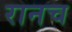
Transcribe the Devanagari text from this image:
रानच